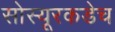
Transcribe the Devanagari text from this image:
सोस्यूरकडेच